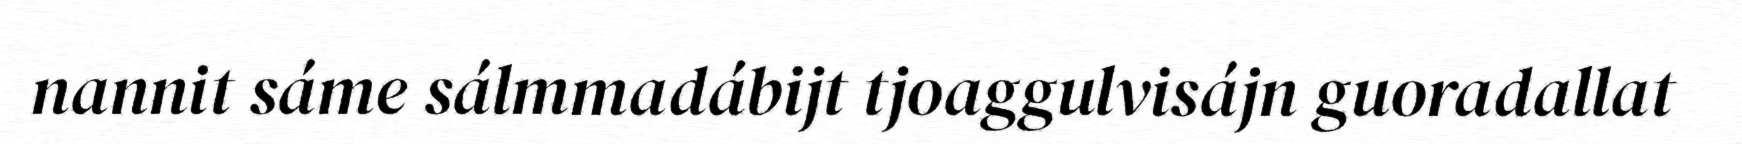
nannit sáme sálmmadábijt tjoaggulvisájn guoradallat